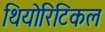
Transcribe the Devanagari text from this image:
थियोरिटिकल